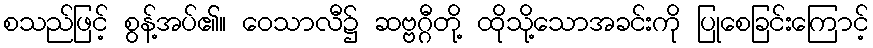
စသည်ဖြင့် စွန့်အပ်၏။ ဝေသာလီ၌ ဆဗ္ဗဂ္ဂီတို့ ထိုသို့သောအခင်းကို ပြုစေခြင်းကြောင့်